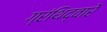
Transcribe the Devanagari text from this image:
ग्रंथिद्वारे